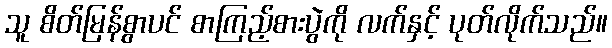
သူ စိတ်မြန်စွာပင် စာကြည့်စားပွဲကို လက်နှင့် ပုတ်လိုက်သည်။